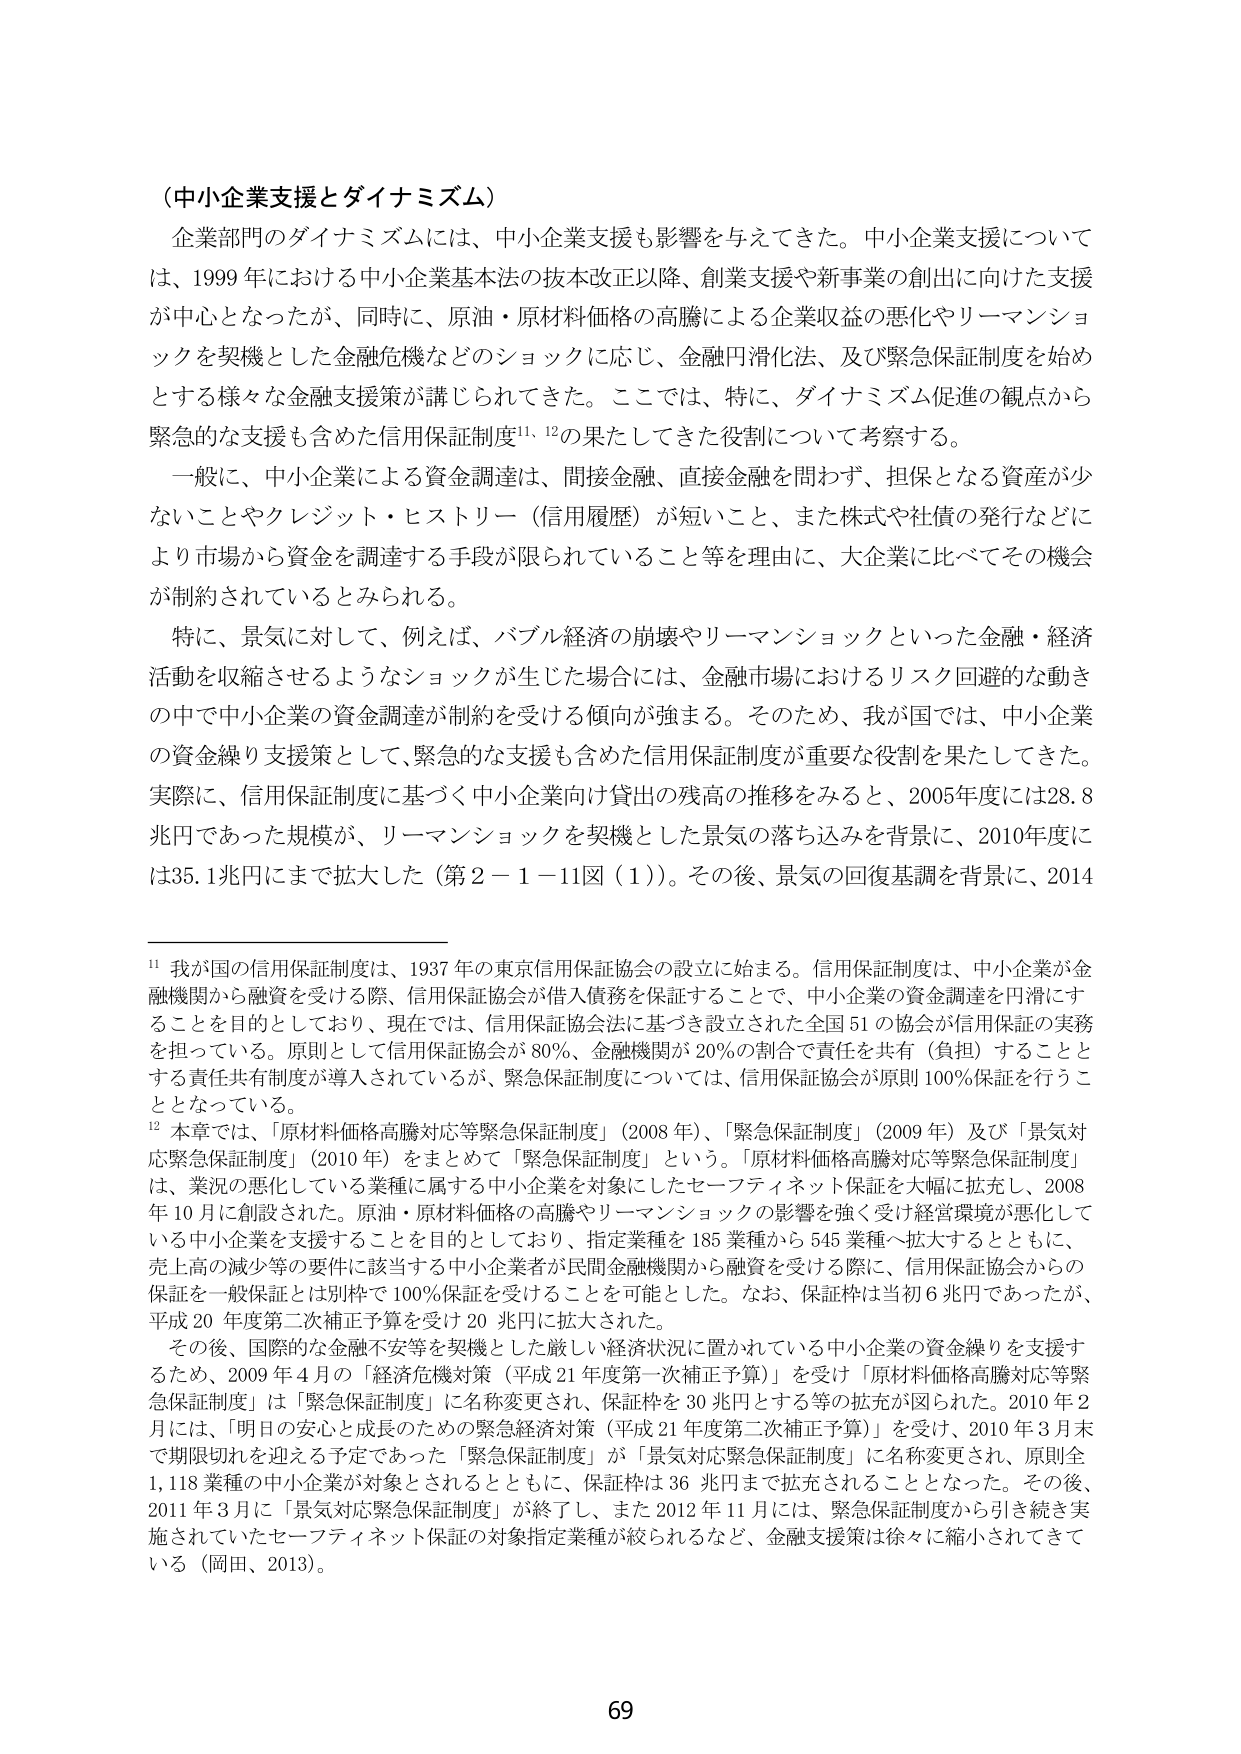
（中小企業支援とダイナミズム）

企業部門のダイナミズムには、中小企業支援も影響を与えてきた。中小企業支援については、1999年における中小企業基本法の抜本改正以降、創業支援や新事業の創出に向けた支援が中心となったが、同時に、原油・原材料価格の高騰による企業収益の悪化やリーマンショックを契機とした金融危機などのショックに応じ、金融円滑化法、及び緊急保証制度を始めとする様々な金融支援策が講じられてきた。ここでは、特に、ダイナミズム促進の観点から緊急的な支援も含めた信用保証制度¹¹、¹²の果たしてきた役割について考察する。

一般に、中小企業による資金調達は、間接金融、直接金融を問わず、担保となる資産が少ないことやクレジット・ヒストリー（信用履歴）が短いこと、また株式や社債の発行などにより市場から資金を調達する手段が限られていること等を理由に、大企業に比べてその機会が制約されているとみられる。

特に、景気に対して、例えば、バブル経済の崩壊やリーマンショックといった金融・経済活動を収縮させるようなショックが生じた場合には、金融市場におけるリスク回避的な動きの中で中小企業の資金調達が制約を受ける傾向が強まる。そのため、我が国では、中小企業の資金繰り支援策として、緊急的な支援も含めた信用保証制度が重要な役割を果たしてきた。実際に、信用保証制度に基づく中小企業向け貸出の残高の推移をみると、2005年度には28.8兆円であった規模が、リーマンショックを契機とした景気の落ち込みを背景に、2010年度には35.1兆円にまで拡大した（第2－1－11図（1））。その後、景気の回復基調を背景に、2014

¹¹ 我が国の信用保証制度は、1937年の東京信用保証協会の設立に始まる。信用保証制度は、中小企業が金融機関から融資を受ける際、信用保証協会が借入債務を保証することで、中小企業の資金調達を円滑にすることを目的としており、現在では、信用保証協会法に基づき設立された全国51の協会が信用保証の実務を担っている。原則として信用保証協会が80％、金融機関が20％の割合で責任を共有（負担）することとする責任共有制度が導入されているが、緊急保証制度については、信用保証協会が原則100％保証を行うこととなっている。

¹² 本章では、「原材料価格高騰対応等緊急保証制度」（2008年）、「緊急保証制度」（2009年）及び「景気対応緊急保証制度」（2010年）をまとめて「緊急保証制度」という。「原材料価格高騰対応等緊急保証制度」は、景況の悪化している業種に属する中小企業を対象にしたセーフティネット保証を大幅に拡充し、2008年10月に創設された。原油・原材料価格の高騰やリーマンショックの影響を強く受け経営環境が悪化している中小企業を支援することを目的としており、指定業種を185業種から545業種へ拡大するとともに、売上高の減少等の要件に該当する中小企業者が民間金融機関から融資を受ける際に、信用保証協会からの保証を一般保証とは別枠で100％保証を受けることを可能とした。なお、保証枠は当初6兆円であったが、平成20年度第二次補正予算を受け20兆円に拡大された。

その後、国際的な金融不安等を契機とした厳しい経済状況に置かれている中小企業の資金繰りを支援するため、2009年4月の「経済危機対策（平成21年度第一次補正予算）」を受け「原材料価格高騰対応等緊急保証制度」は「緊急保証制度」に名称変更され、保証枠を30兆円とする等の拡充が図られた。2010年2月には、「明日の安心と成長のための緊急経済対策（平成21年度第二次補正予算）」を受け、2010年3月末で期限切れを迎える予定であった「緊急保証制度」が「景気対応緊急保証制度」に名称変更され、原則全1,118業種の中小企業が対象とされるとともに、保証枠は36兆円まで拡充されることとなった。その後、2011年3月に「景気対応緊急保証制度」が終了し、また2012年11月には、緊急保証制度から引き続き実施されていたセーフティネット保証の対象指定業種が絞られるなど、金融支援策は徐々に縮小されてきて いる（岡田、2013）。

69